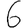
Digit: 6